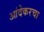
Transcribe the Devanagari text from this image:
आंदेकरचा